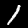
Digit: 1